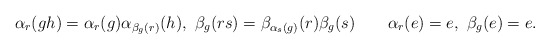
\begin{align*}\alpha_r(gh)=\alpha_r(g)\alpha_{\beta_g(r)}(h),\,\,\beta_g(rs)=\beta_{\alpha_s(g)}(r)\beta_g(s)\quad\quad\alpha_r(e)=e,\,\,\beta_g(e)=e.\end{align*}